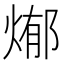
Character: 𭵊